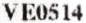
VE0514